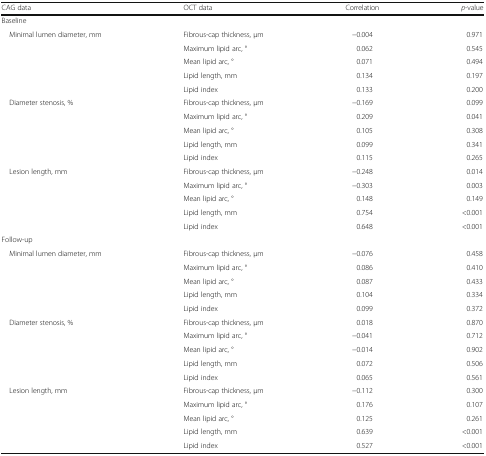
| CAG data | OCT data | Correlation | p-value |
 | --- | --- | --- | --- |
 | <COLSPAN=4> Baseline |
 | <ROWSPAN=5> Minimal lumen diameter, mm | Fibrous-cap thickness, μm | −0.004 | 0.971 |
 | Maximum lipid arc, ° | 0.062 | 0.545 |
 | Mean lipid arc, ° | 0.071 | 0.494 |
 | Lipid length, mm | 0.134 | 0.197 |
 | Lipid index | 0.133 | 0.200 |
 | <ROWSPAN=5> Diameter stenosis, % | Fibrous-cap thickness, μm | −0.169 | 0.099 |
 | Maximum lipid arc, ° | 0.209 | 0.041 |
 | Mean lipid arc, ° | 0.105 | 0.308 |
 | Lipid length, mm | 0.099 | 0.341 |
 | Lipid index | 0.115 | 0.265 |
 | <ROWSPAN=5> Lesion length, mm | Fibrous-cap thickness, μm | −0.248 | 0.014 |
 | Maximum lipid arc, ° | −0.303 | 0.003 |
 | Mean lipid arc, ° | 0.148 | 0.149 |
 | Lipid length, mm | 0.754 | <0.001 |
 | Lipid index | 0.648 | <0.001 |
 | <COLSPAN=4> Follow-up |
 | <ROWSPAN=5> Minimal lumen diameter, mm | Fibrous-cap thickness, μm | −0.076 | 0.458 |
 | Maximum lipid arc, ° | 0.086 | 0.410 |
 | Mean lipid arc, ° | 0.087 | 0.433 |
 | Lipid length, mm | 0.104 | 0.334 |
 | Lipid index | 0.099 | 0.372 |
 | <ROWSPAN=5> Diameter stenosis, % | Fibrous-cap thickness, μm | 0.018 | 0.870 |
 | Maximum lipid arc, ° | −0.041 | 0.712 |
 | Mean lipid arc, ° | −0.014 | 0.902 |
 | Lipid length, mm | 0.072 | 0.506 |
 | Lipid index | 0.065 | 0.561 |
 | <ROWSPAN=5> Lesion length, mm | Fibrous-cap thickness, μm | −0.112 | 0.300 |
 | Maximum lipid arc, ° | 0.176 | 0.107 |
 | Mean lipid arc, ° | 0.125 | 0.261 |
 | Lipid length, mm | 0.639 | <0.001 |
 | Lipid index | 0.527 | <0.001 |